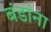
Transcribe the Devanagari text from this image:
बंडांना